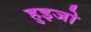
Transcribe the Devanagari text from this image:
हुइजो